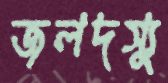
জলদস্যু